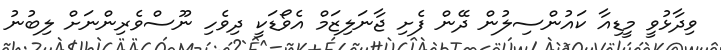
ވިދާޅުވީ މީޑިއާ ކައުންސިލުން ދޭން ފެށި ޖާނަލިޒަމް އެވޯޑަކީ ދިވެހި ނޫސްވެރިންނަށް ލިބުނު